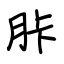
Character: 胩